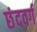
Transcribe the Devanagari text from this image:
छंदवर्ग